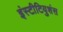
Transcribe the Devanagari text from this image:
इंस्टीटियुशंस